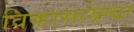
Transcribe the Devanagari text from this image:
विकासलेल्या